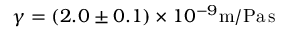
\gamma = ( 2 . 0 \pm 0 . 1 ) \times 1 0 ^ { - 9 } \mathrm { m / P a \, s }